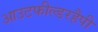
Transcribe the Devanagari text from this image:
आउटफील्डरहैपी